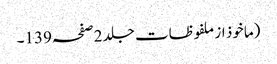
(ماخوذ از ملفوظات جلد 2صفحہ139۔